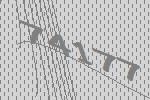
74177